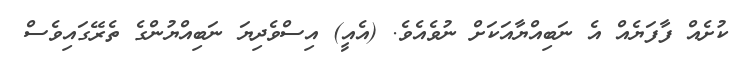
ކުށެއް ފާފަޔެއް އެ ނަބިއްޔާއަކަށް ނުވެއެވެ. (އެއީ) އިސްވެދިޔަ ނަބިއްޔުންގެ ތެރޭގައިވެސް